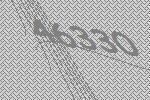
46330